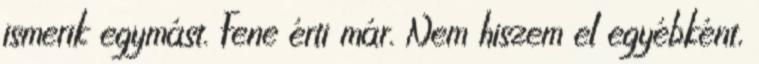
ismerik egymást. Fene érti már. Nem hiszem el egyébként,